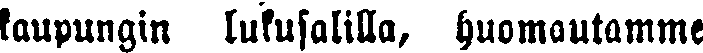
kaupungin lukusalilla, huomautamme